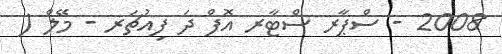
2008 - ސްޕާރ ސްޓާރ އޮފް ދަ ފިއުޗަރ - މޭލް (